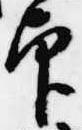
印